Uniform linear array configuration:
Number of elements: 48
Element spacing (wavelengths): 1
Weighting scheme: uniform
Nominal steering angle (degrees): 60
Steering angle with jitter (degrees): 60.765
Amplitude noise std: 0.05
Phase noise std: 0.05

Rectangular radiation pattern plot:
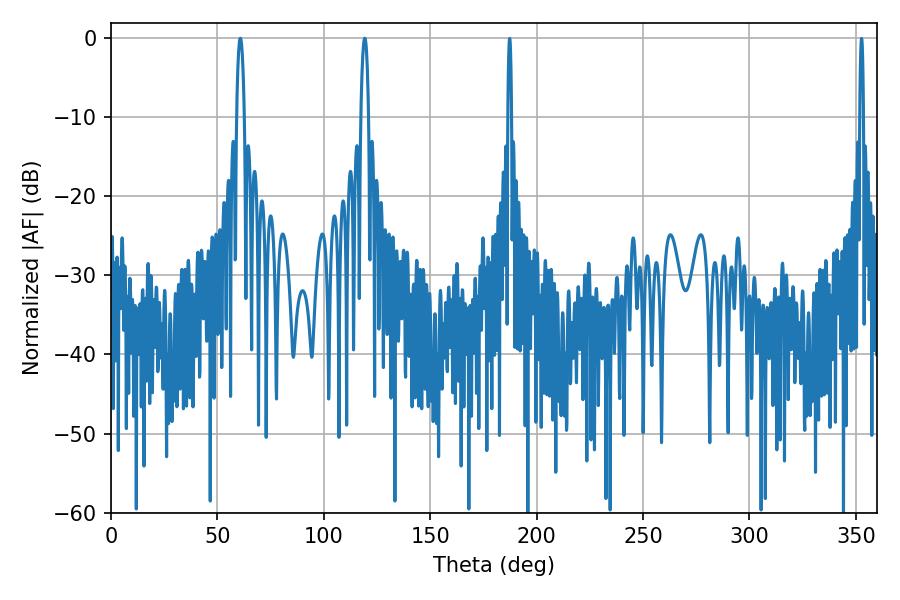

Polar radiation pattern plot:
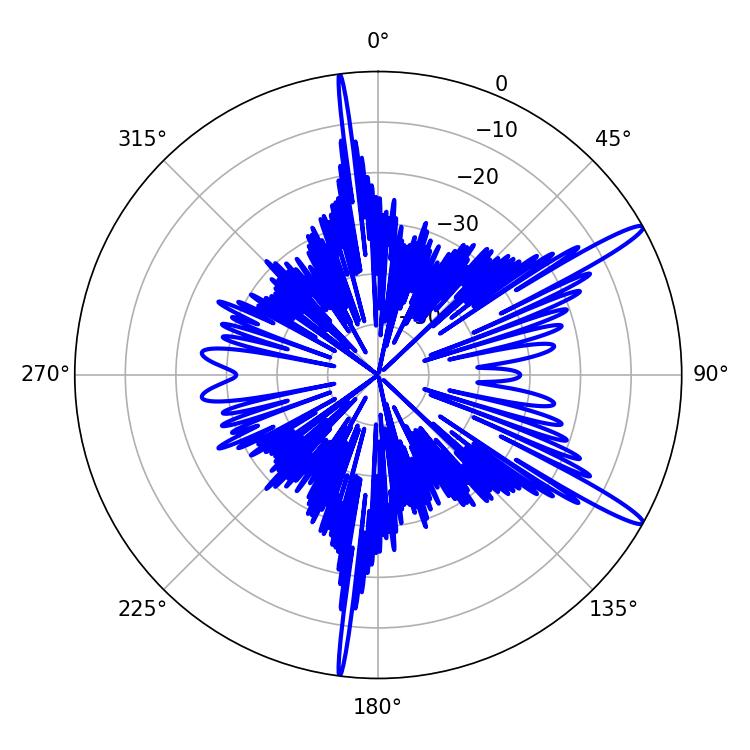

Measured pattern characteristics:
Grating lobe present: TRUE
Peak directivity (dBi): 14.689
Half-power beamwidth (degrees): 1.98
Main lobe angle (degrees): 119.16